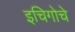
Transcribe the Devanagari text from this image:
इचिगोचे